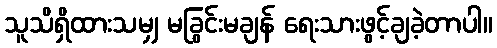
သူသိရှိထားသမျှ မခြွင်းမချန် ရေးသားဖွင့်ချခဲ့တာပါ။